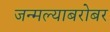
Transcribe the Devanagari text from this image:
जन्मल्याबरोबर